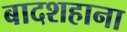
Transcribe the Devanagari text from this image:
बादशहाना